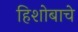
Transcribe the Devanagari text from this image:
हिशोबाचे